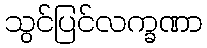
သွင်ပြင်လက္ခဏာ